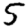
Digit: 5